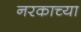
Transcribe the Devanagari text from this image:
नरकाच्या